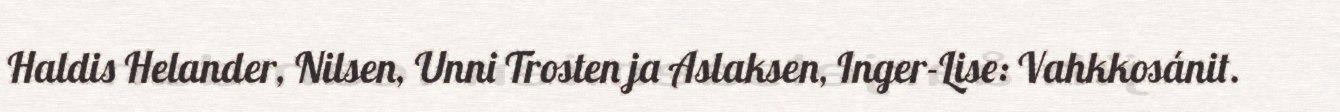
Haldis Helander, Nilsen, Unni Trosten ja Aslaksen, Inger-Lise: Vahkkosánit.